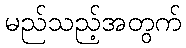
မည်သည့်အတွက်